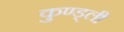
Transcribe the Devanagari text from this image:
कुण्ड्ली